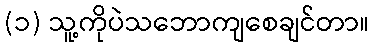
(၁) သူ့ကိုပဲသဘောကျစေချင်တာ။